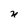
Character: n